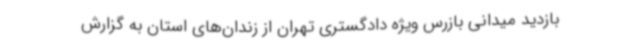
بازدید میدانی بازرس ویژه دادگستری تهران از زندان‌های استان به گزارش